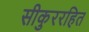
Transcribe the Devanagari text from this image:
सीकुररहित